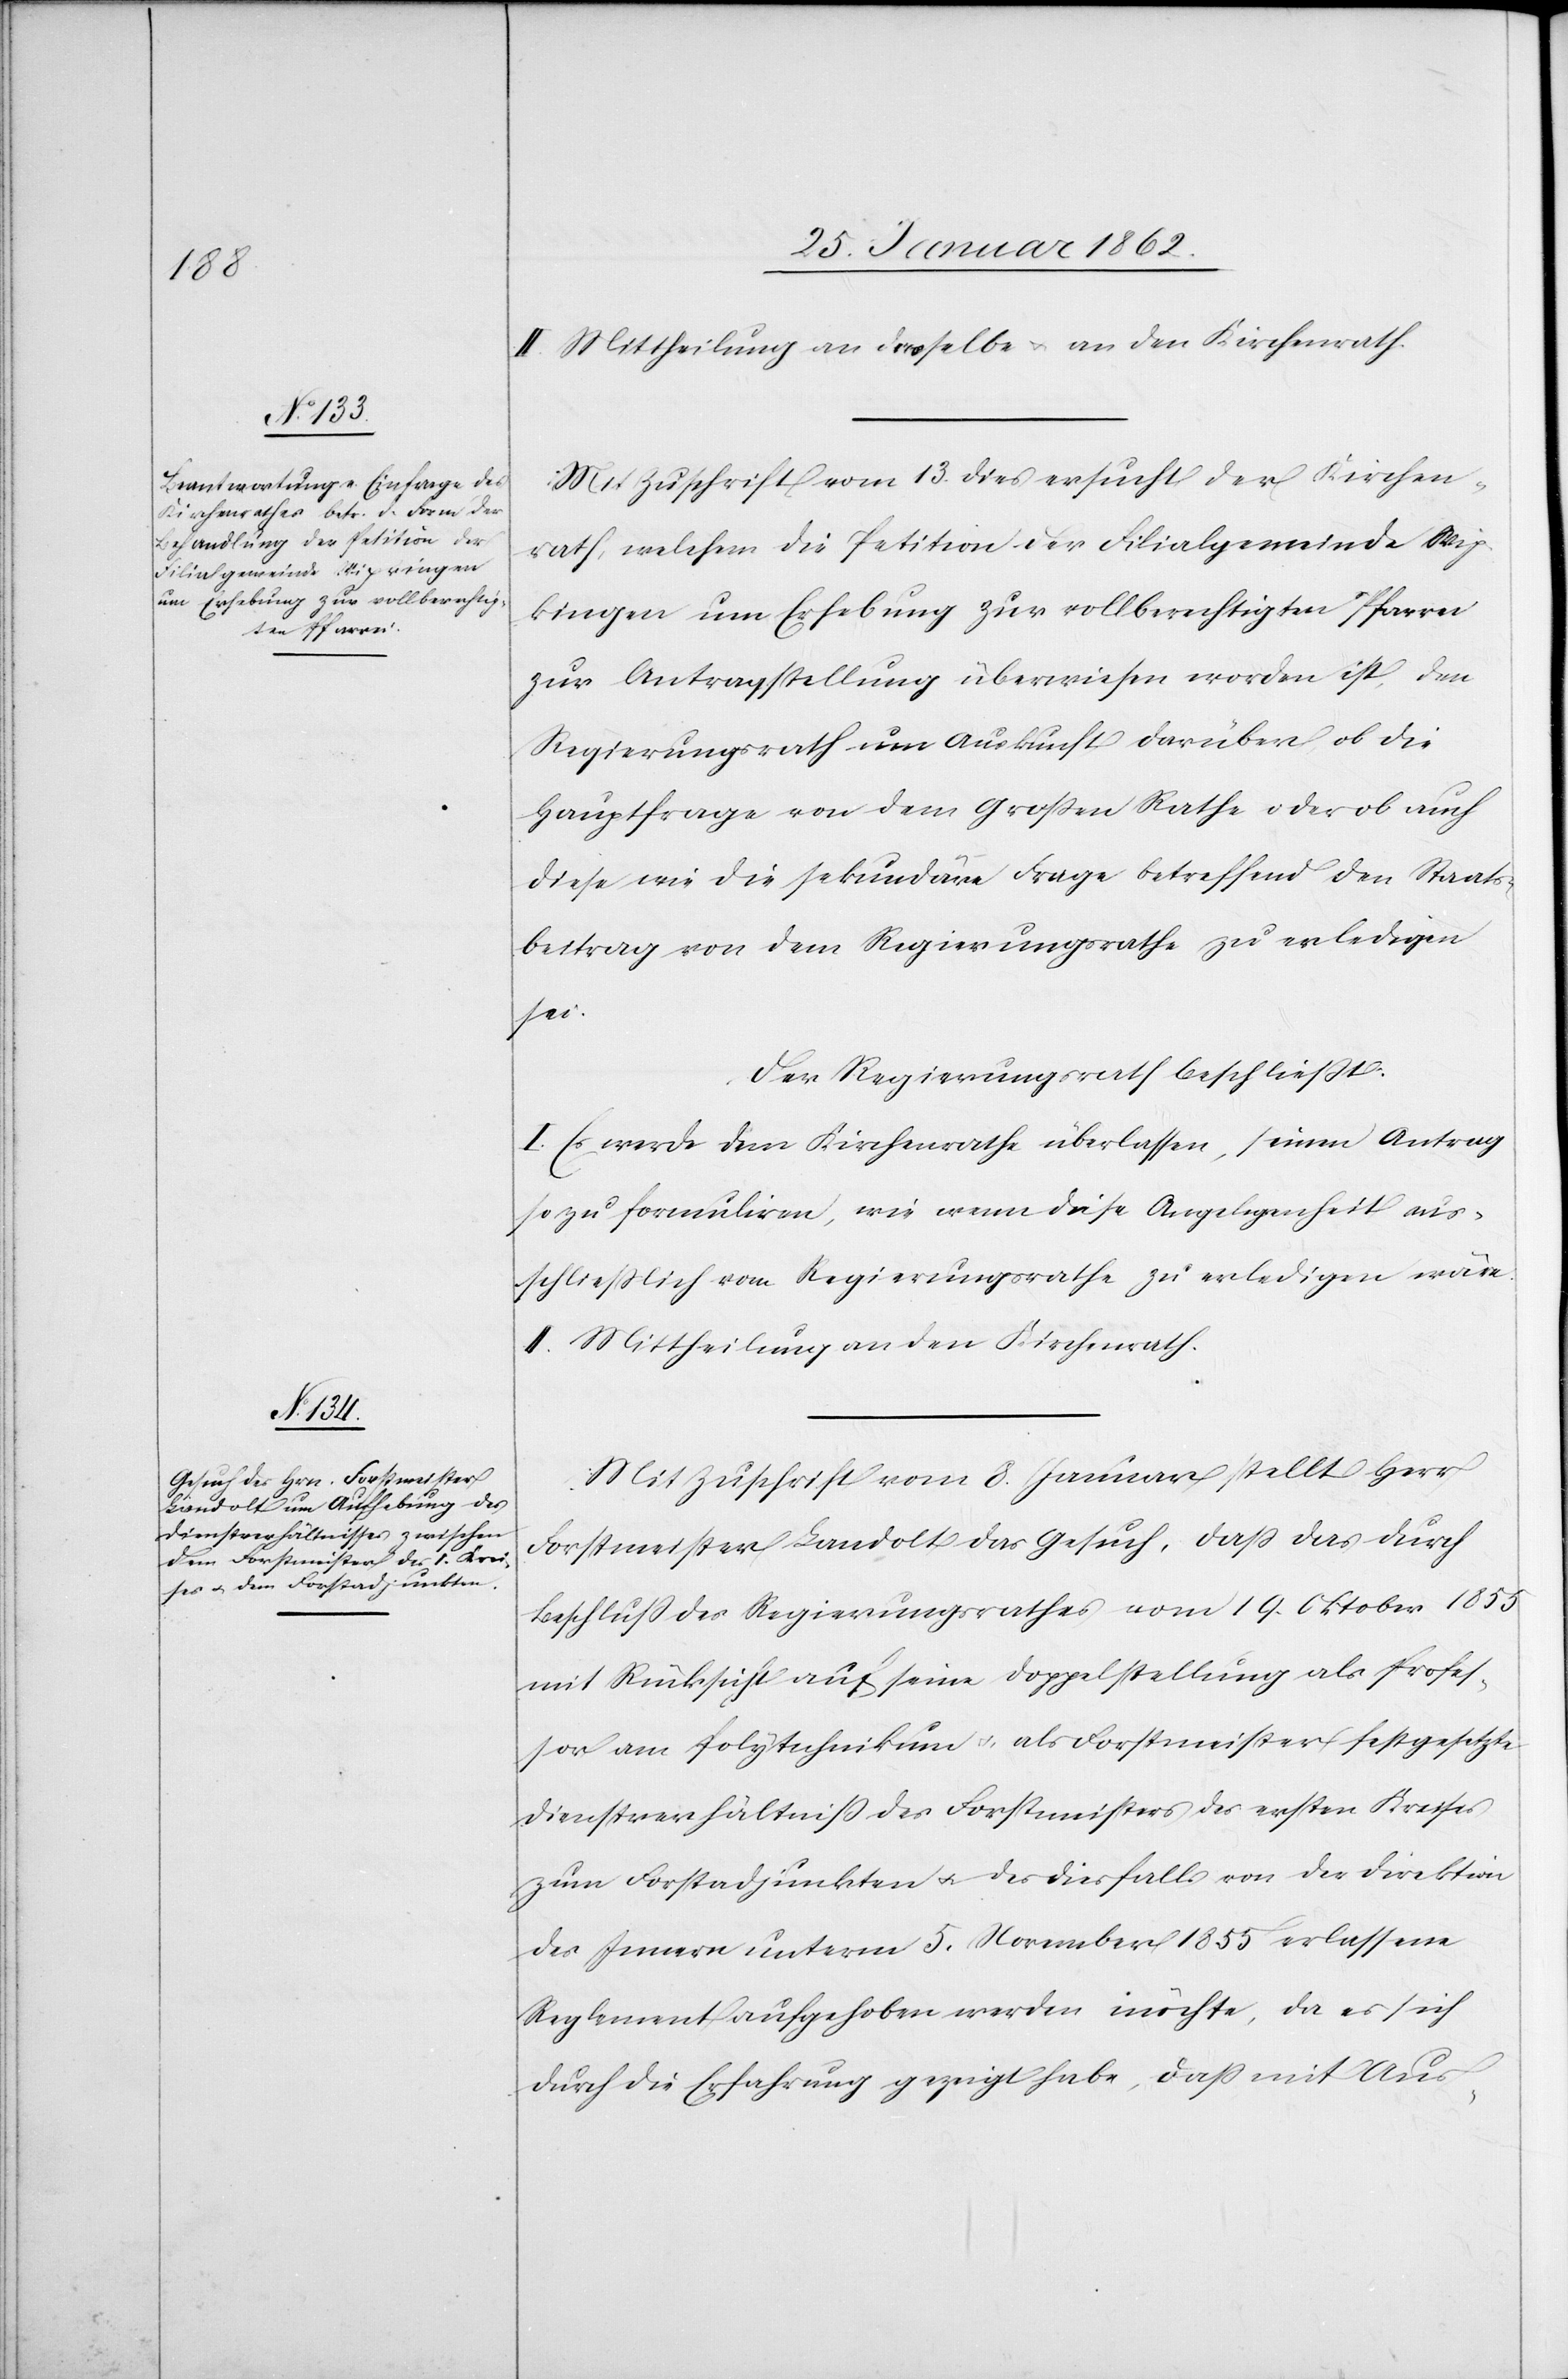
II. Mittheilung an dasselbe u. an den Kirchenrath.
Mit Zuschrift vom 13. dies ersucht der Kirchen¬
rath, welchem die Petition der Filialgemeinde Wip¬
kingen um Erhebung zur vollberechtigten Pfarrei
zur Antragstellung überwiesen worden ist, den
Regierungsrath um Auskunft darüber, ob die
Hauptfrage von dem Großen Rathe oder ob auch
diese wie die sekundäre Frage betreffend den Staats¬
beitrag von dem Regierungsrathe zu erledigen
sei.
Der Regierungsrath beschließt:
I. Es werde dem Kirchenrathe überlassen, seinen Antrag
so zu formuliren, wie wenn diese Angelegenheit aus¬
schließlich vom Regierungsrathe zu erledigen wäre.
II. Mittheilung an den Kirchenrath.
Mit Zuschrift vom 8. Januar stellt Herr
Forstmeister Landolt das Gesuch, daß das durch
Beschluß des Regierungsrathes vom 19. Oktober 1855
mit Rücksicht auf seine Doppelstellung als Profes¬
sor am Polytechnikum u. als Forstmeister festgesetzte
Dienstverhältniß des Forstmeisters des ersten Kreises
zum Forstadjunkten u. des diesfalls von der Direktion
des Innern unterm 5. November 1855 erlassene
Reglement aufgehoben werden möchte, da es sich
durch die Erfahrung gezeigt habe, daß mit Aus-